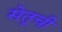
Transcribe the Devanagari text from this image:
सेतूची